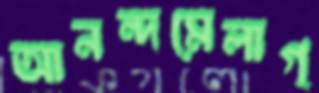
আনন্দমেলাগ্